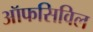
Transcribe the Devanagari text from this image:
ऑफसिविल